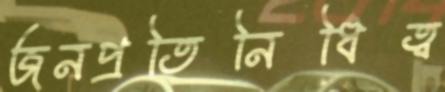
জনপ্রতিনিধিত্ব